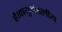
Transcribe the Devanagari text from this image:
है।वायुमंडलीय